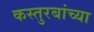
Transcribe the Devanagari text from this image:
कस्तुरबांच्या